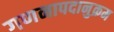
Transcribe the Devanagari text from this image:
गणनापदानुक्रम